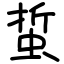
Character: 蜇